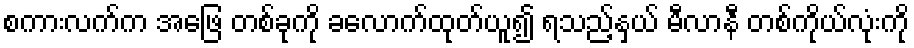
စကားလက်က အဖြေ တစ်ခုကို ခလောက်ထုတ်ယူ၍ ရသည့်နှယ် မီလာနီ တစ်ကိုယ်လုံးကို